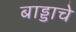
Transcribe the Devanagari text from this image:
बाड्डाचे